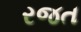
રજત